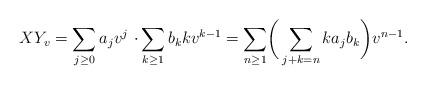
LaTeX: \begin{align*}X Y_v = \sum_{j\ge 0} a_j v^j \,\, \cdotp \sum_{k\ge 1} b_k k v^{k-1} = \sum_{n\ge 1} \biggl(\, \sum_{j+k=n} k a_j b_k \biggr) v^{n-1}. \end{align*}